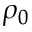
\rho _ { 0 }